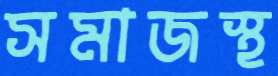
সমাজস্থ